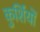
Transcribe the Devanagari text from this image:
कुर्शियों